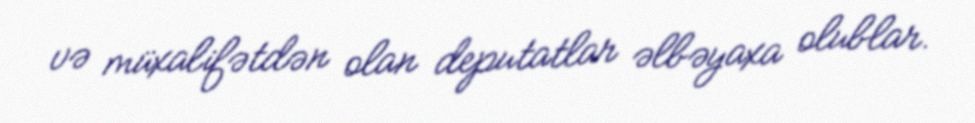
və müxalifətdən olan deputatlar əlbəyaxa olublar.